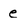
Character: e